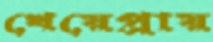
খেয়েপ্রায়